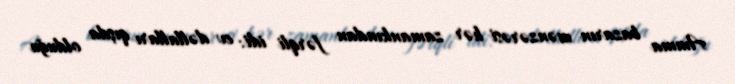
Amma bazarın mənzərəsi hər zamankından fərqli idi: ev dəllalları qışda olduğu